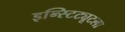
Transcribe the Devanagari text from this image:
इन्स्टिट्यूटला